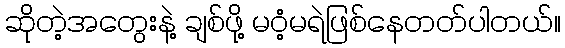
ဆိုတဲ့အတွေးနဲ့ ချစ်ဖို့ မဝံ့မရဲဖြစ်နေတတ်ပါတယ်။